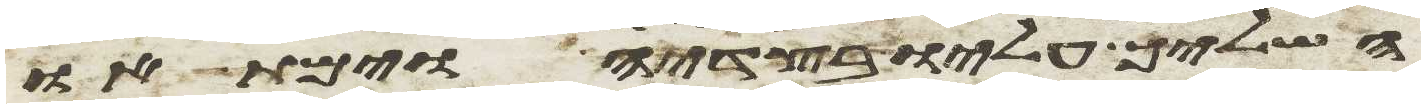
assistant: השליך עליו בצדיה וימת או